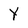
Character: Y